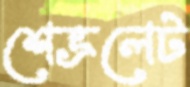
শেভ্রলেট